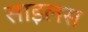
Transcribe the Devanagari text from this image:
साइलस